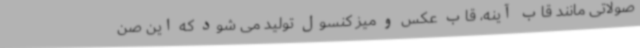
صولاتی مانند قاب آینه، قاب عکس و میز کنسول تولید می شود که این صن